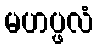
မဟပ္ဖလံ